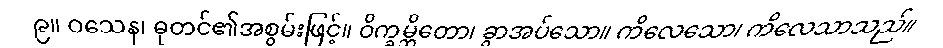
၉။ ဝသေန၊ ဓုတင်၏အစွမ်းဖြင့်။ ဝိက္ခမ္ဘိတော၊ ခွာအပ်သော။ ကိလေသော၊ ကိလေသာသည်။